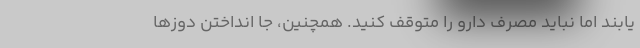
یابند اما نباید مصرف دارو را متوقف کنید. همچنین، جا انداختن دوزها